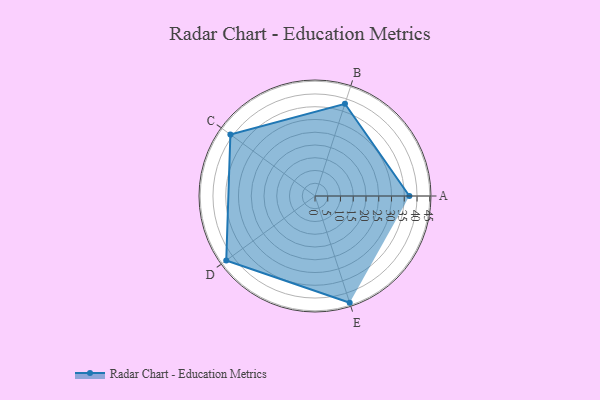
{"axis": {"x": "Skill", "y": "Score"}, "legend": ["Profile"], "data": [{"x": "A", "y": 37.0, "type": "Profile"}, {"x": "B", "y": 38.0, "type": "Profile"}, {"x": "C", "y": 41.0, "type": "Profile"}, {"x": "D", "y": 43.0, "type": "Profile"}, {"x": "E", "y": 44.0, "type": "Profile"}]}